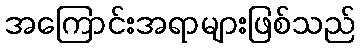
အကြောင်းအရာများဖြစ်သည်